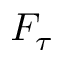
F _ { \tau }